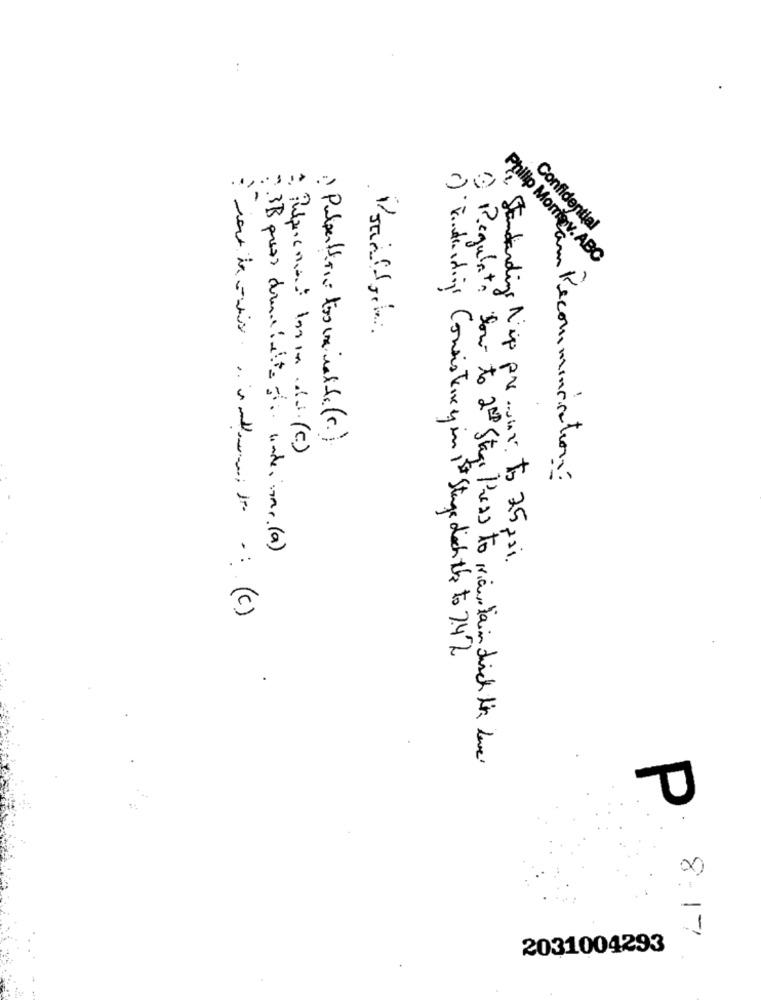
:
...
Confidential
Philip Morrisv. ABC
i) Polpettine too uminalife (r.)
Recommunication?
2 .3B press dernacinto di undein. (a)
Standardigs Nip pre.i.v. to 75 pai.
1) Finde digi Consisteix y in 1st Stage dich the to 7.42
.
1) Regulate how to 20th Stage Press to maintain dich tis love!
U
8-
2031004293